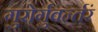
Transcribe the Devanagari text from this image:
गुरोर्गुवर्न्तरं